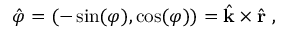
{ \hat { \boldsymbol { \varphi } } } = ( - \sin ( \varphi ) , \cos ( \varphi ) ) = { \hat { \mathbf { k } } } \times { \hat { \mathbf { r } } } \ ,